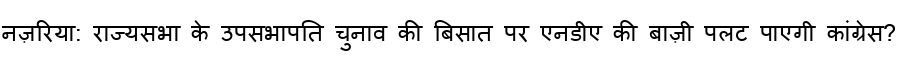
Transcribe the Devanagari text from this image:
नज़रिया: राज्यसभा के उपसभापति चुनाव की बिसात पर एनडीए की बाज़ी पलट पाएगी कांग्रेस?